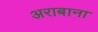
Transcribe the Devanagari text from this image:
अराबाना